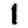
Digit: 1